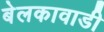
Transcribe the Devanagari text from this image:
बेलकावाडी